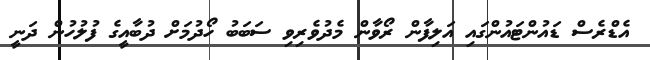
އެޑްރެސް ޑައުންޓައުންގައި އަލިފާން ރޯވާން މެދުވެރިވި ސަބަބު ހޯދުމަށް ދުބާއީގެ ފުލުހުން ދަނީ